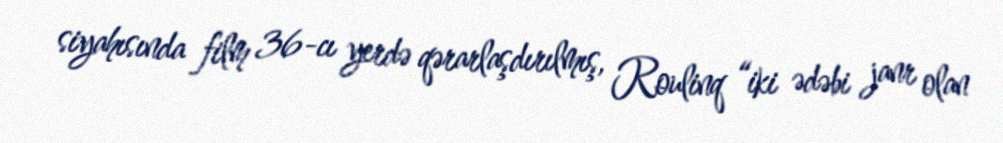
siyahısında film 36-cı yerdə qərarlaşdırılmış, Roulinq “iki ədəbi janr olan